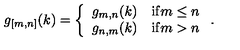
g _ { [ m , n ] } ( k ) = \left\{ \begin{array} { l l } { g _ { m , n } ( k ) } & { \mathrm { i f } m \leq n } \\ { g _ { n , m } ( k ) } & { \mathrm { i f } m > n } \\ \end{array} \right. .